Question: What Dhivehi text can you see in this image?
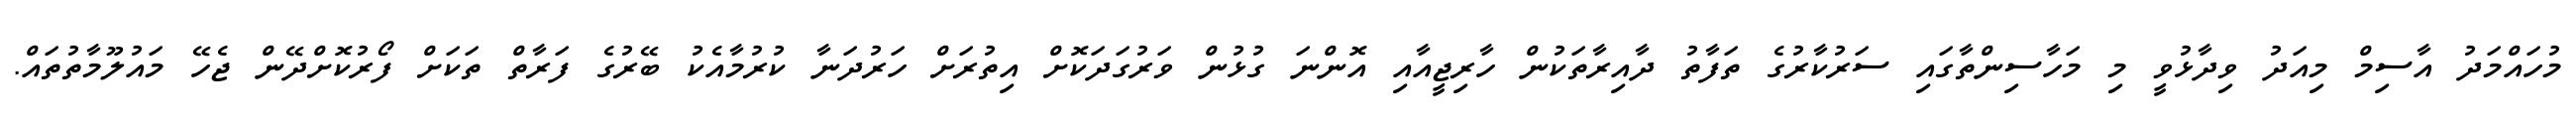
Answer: މުހައްމަދު އާސިމް މިއަދު ވިދާޅުވީ މި މަހާސިންތާގައި ސަރުކާރުގެ ތަފާތު ދާއިރާތަކުން ހާރިޖީއާއި އޮންނަ ގުޅުން ވަރުގަދަކޮށް އިތުރަށް ހަރުދަނާ ކުރުމާއެކު ބޭރުގެ ފަރާތް ތަކަށް ފޯރުކޮށްދޭން ޖެހޭ މައުލޫމާތުތައް.